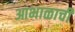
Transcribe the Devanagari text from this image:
आभाळाची